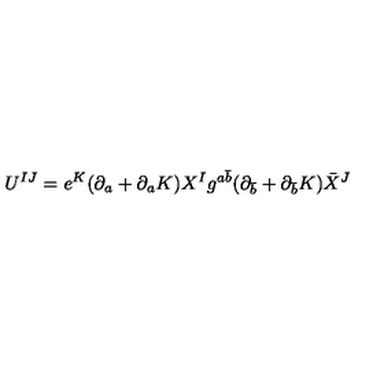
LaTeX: U ^ { I J } = e ^ { K } ( \partial _ { a } + \partial _ { a } K ) X ^ { I } g ^ { a \bar { b } } ( \partial _ { \bar { b } } + \partial _ { \bar { b } } K ) \bar { X } ^ { J }